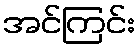
အင်ကြင်း